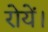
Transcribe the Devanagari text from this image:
रोयें।